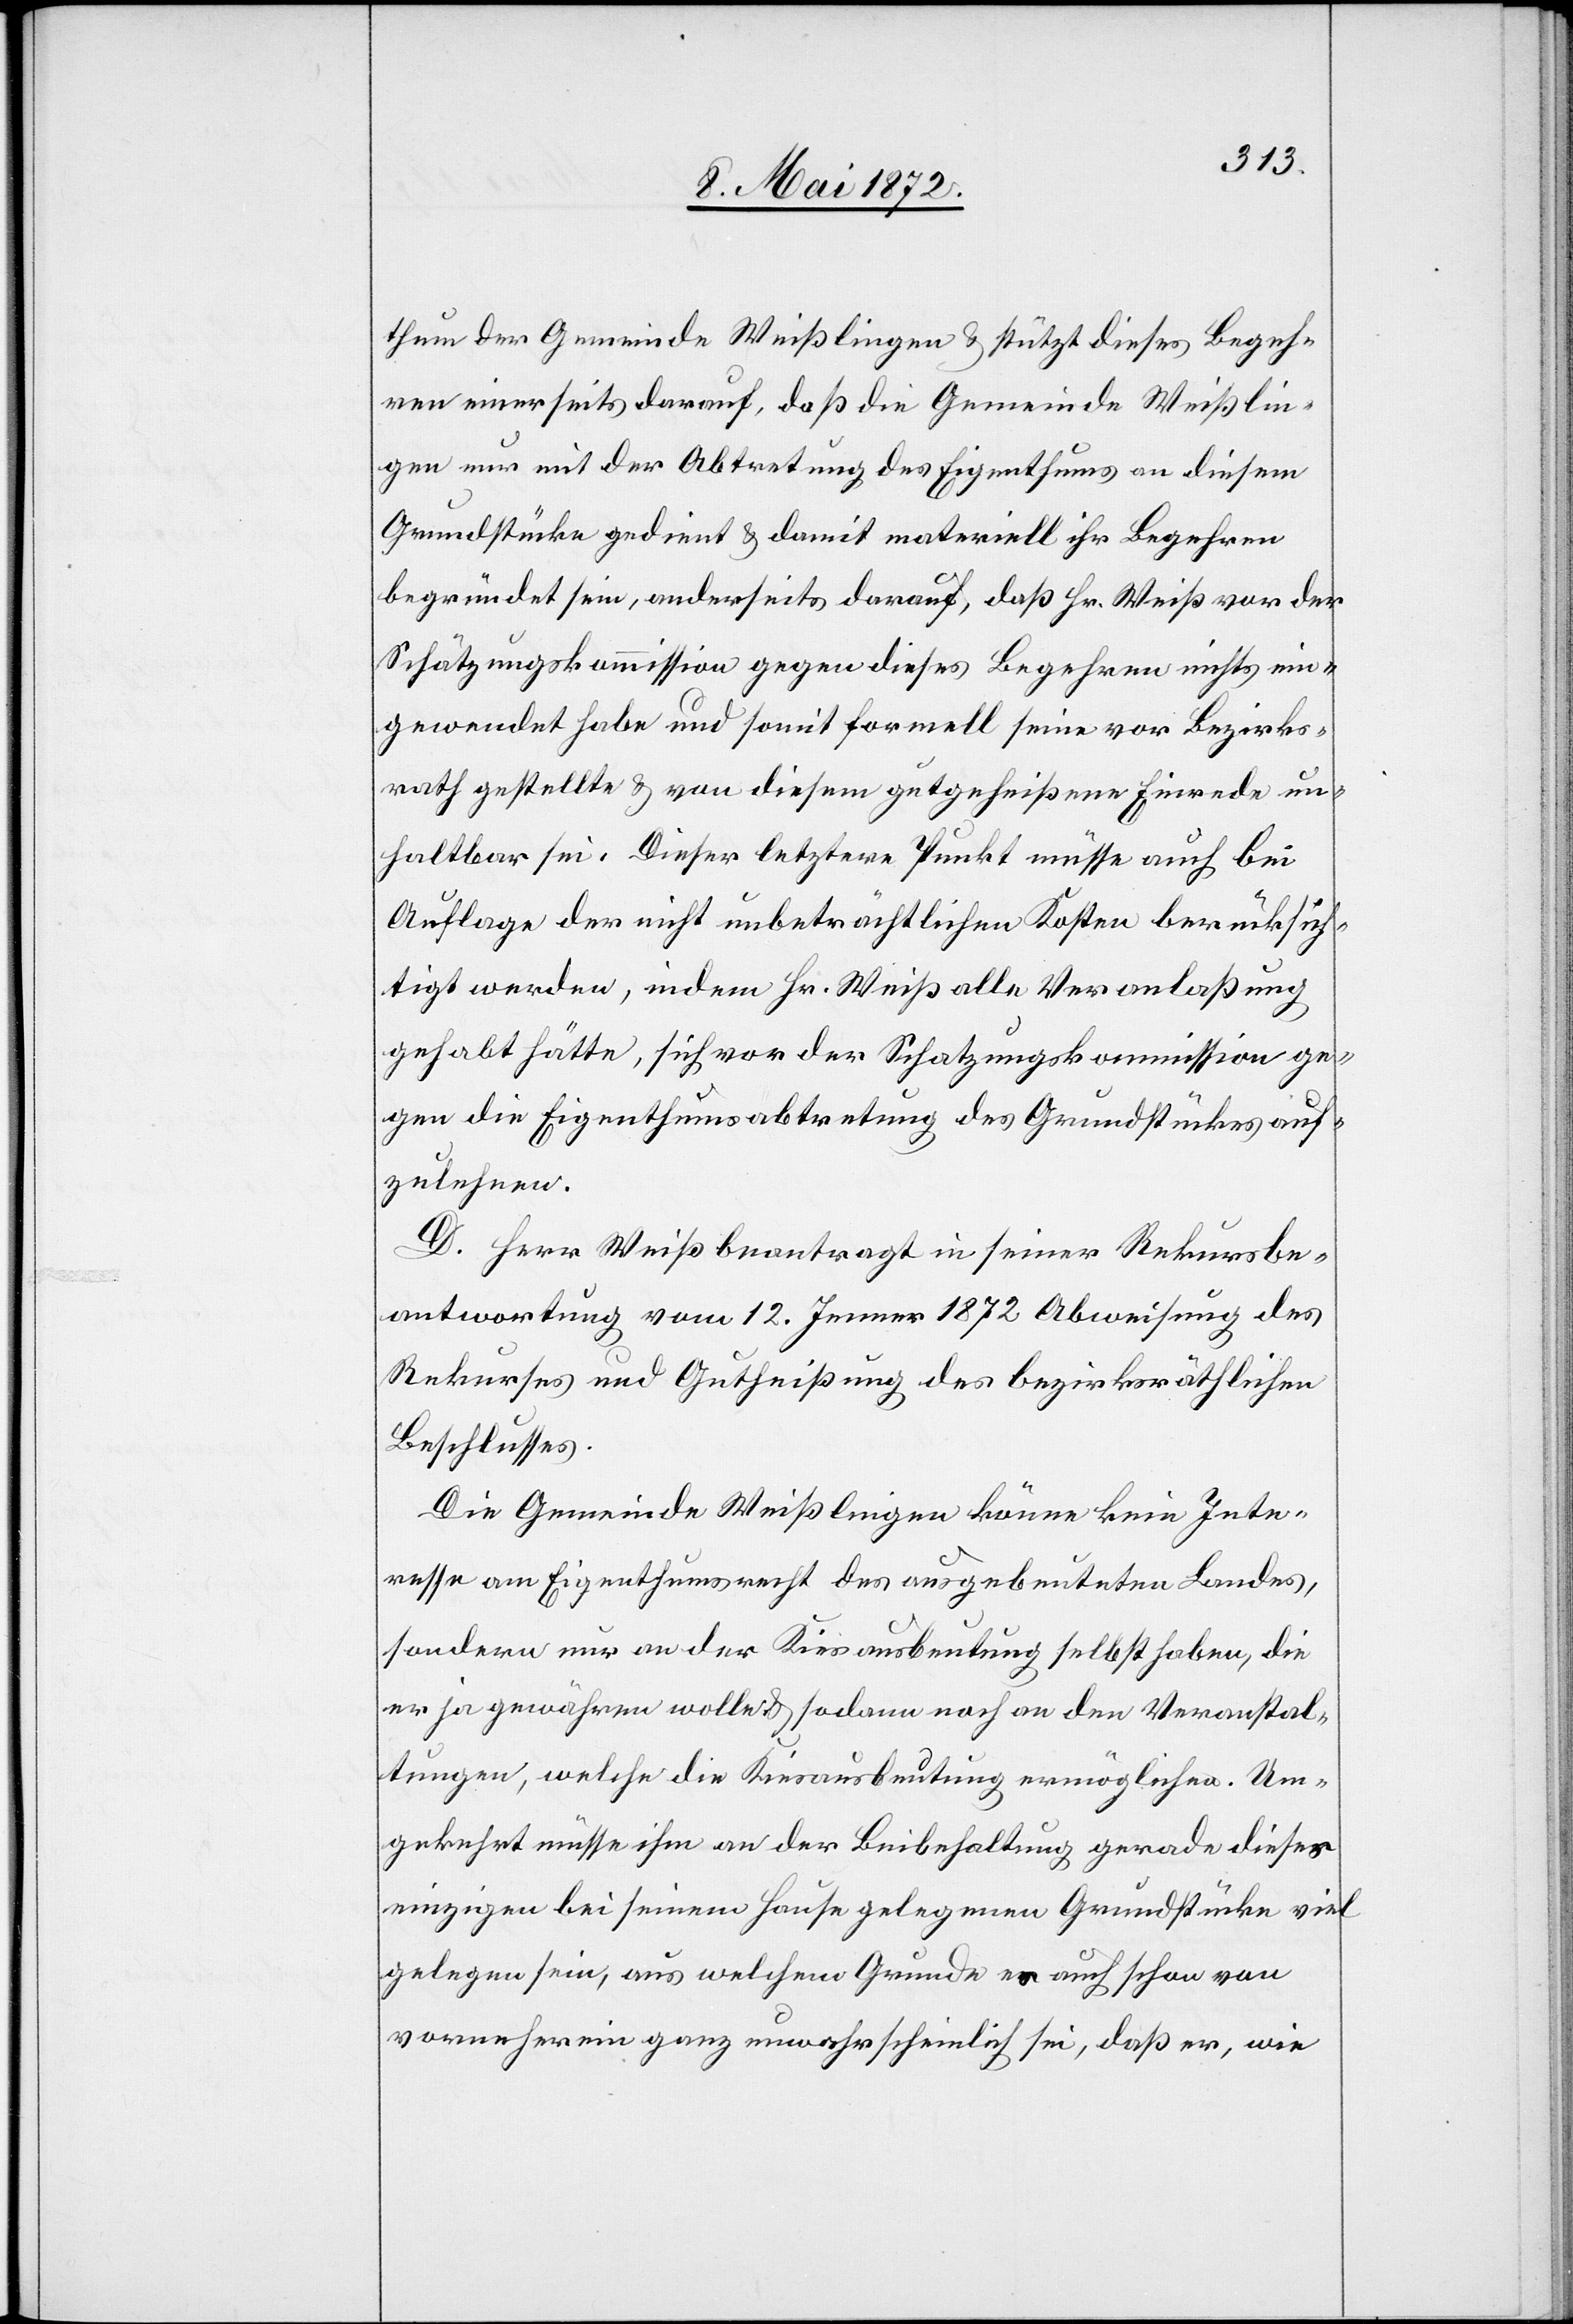
thum der Gemeinde Weißlingen u. stützt dieses Begeh¬
ren einerseits darauf, daß die Gemeinde Weißlin¬
gen nur mit der Abtretung des Eigenthums an diesem
Grundstücke gedient u. damit materiell ihr Begehren
begründet sein, anderseits darauf, daß Hr. Weiß vor der
Schätzungskommission gegen dieses Begehren nichts ein¬
gewendet habe und somit formell seine vor Bezirks¬
rath gestellte u. von diesem gutgeheißene Einrede un¬
haltbar sei. Dieser letztere Punkt müsse auch bei
Auflage der nicht unbeträchtlichen Kosten berücksich¬
tigt werden, indem Hr. Weiß alle Veranlaßung
gehabt hätte, sich vor der Schatzungskommission ge¬
gen die Eigenthumsabtretung des Grundstückes auf¬
zulehnen.
D. Herr Weiß beantragt in seiner Rekursbe¬
antwortung vom 12. Jenner 1872 Abweisung des
Rekurses und Gutheißung des bezirksräthlichen
Beschlusses.
Die Gemeinde Weißlingen könne kein Inte¬
resse am Eigenthumsrecht des ausgebeuteten Landes,
sondern nur an der Kiesausbeutung selbst haben, die
er ja gewähren wolle u. sodann noch an den Veranstal¬
tungen, welche die Kiesausbeutung ermöglichen. Um¬
gekehrt müsse ihm an der Beibehaltung gerade dieser
einzigen bei seinem Hause gelegenen Grundstücke viel
gelegen sein, aus welchem Grunde es auch schon von
vorneherein ganz unwahrscheinlich sei, daß er, wie